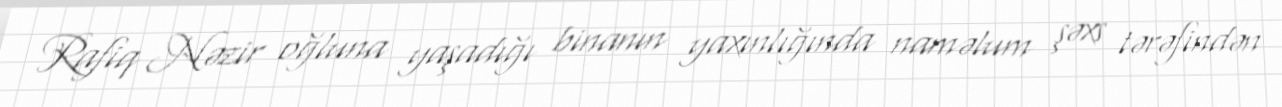
Rafiq Nəzir oğluna yaşadığı binanın yaxınlığında naməlum şəxs tərəfindən